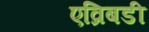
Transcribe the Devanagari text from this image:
एव्रिबडी